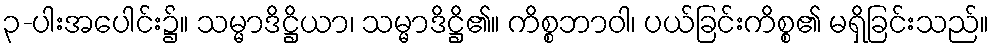
၃-ပါးအပေါင်း၌။ သမ္မာဒိဋ္ဌိယာ၊ သမ္မာဒိဋ္ဌိ၏။ ကိစ္စဘာဝါ၊ ပယ်ခြင်းကိစ္စ၏ မရှိခြင်းသည်။